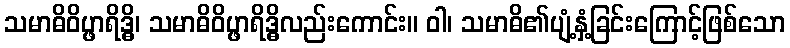
သမာဓိဝိပ္ဖာရိဒ္ဓိ၊ သမာဓိဝိပ္ဖာရိဒ္ဓိလည်းကောင်း။ ဝါ၊ သမာဓိ၏ပျံ့နှံ့ခြင်းကြောင့်ဖြစ်သော